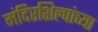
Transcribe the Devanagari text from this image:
मंदिरशिल्पांच्या